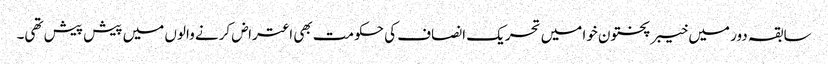
سابقہ دور میں خیبر پختون خوا میں تحریک انصاف کی حکومت بھی اعتراض کرنے والوں میں پیش پیش تھی۔